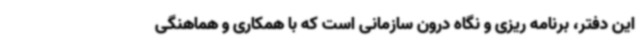
این دفتر، برنامه ریزی و نگاه درون سازمانی است که با همکاری و هماهنگی